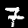
Digit: 7